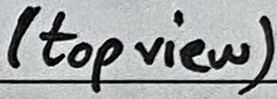
Text: (top view)